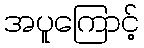
အပူကြောင့်